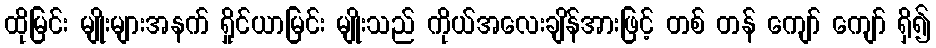
ထိုမြင်း မျိုးများအနက် ရှိုင်ယာမြင်း မျိုးသည် ကိုယ်အလေးချိန်အားဖြင့် တစ် တန် ကျော် ကျော် ရှိ၍